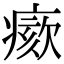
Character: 𤸺